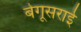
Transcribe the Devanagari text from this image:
बेगूसराई